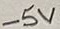
Text: -5V